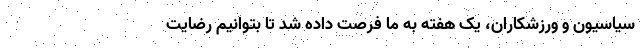
سیاسیون و ورزشکاران، یک هفته به ما فرصت داده شد تا بتوانیم رضایت